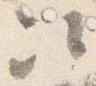
次